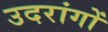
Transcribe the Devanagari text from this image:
उदरांगों